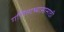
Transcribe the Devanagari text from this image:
गणिताभ्यासासाठी